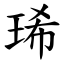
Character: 琋